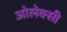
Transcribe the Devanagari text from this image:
ओलेक्सी